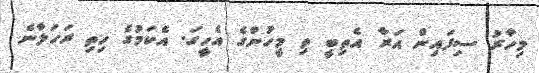
މިހާރު ސިފައިން އަރާ އެތިބީ ތި މީހުންގެ އެހީގަ. އެކަމުގެ ހިތި ރަހަލާނެ